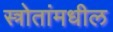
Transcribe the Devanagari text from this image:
स्त्रोतांमधील